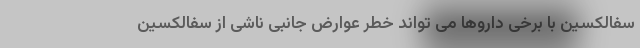
سفالکسین با برخی داروها می تواند خطر عوارض جانبی ناشی از سفالکسین